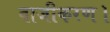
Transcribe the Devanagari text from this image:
वाजीकरण।